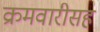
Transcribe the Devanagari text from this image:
क्रमवारीसह